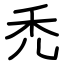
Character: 禿